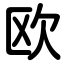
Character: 欧